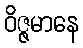
ဝိဇ္ဇမာနေ